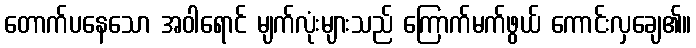
တောက်ပနေသော အဝါရောင် မျက်လုံးများသည် ကြောက်မက်ဖွယ် ကောင်းလှချေ၏။